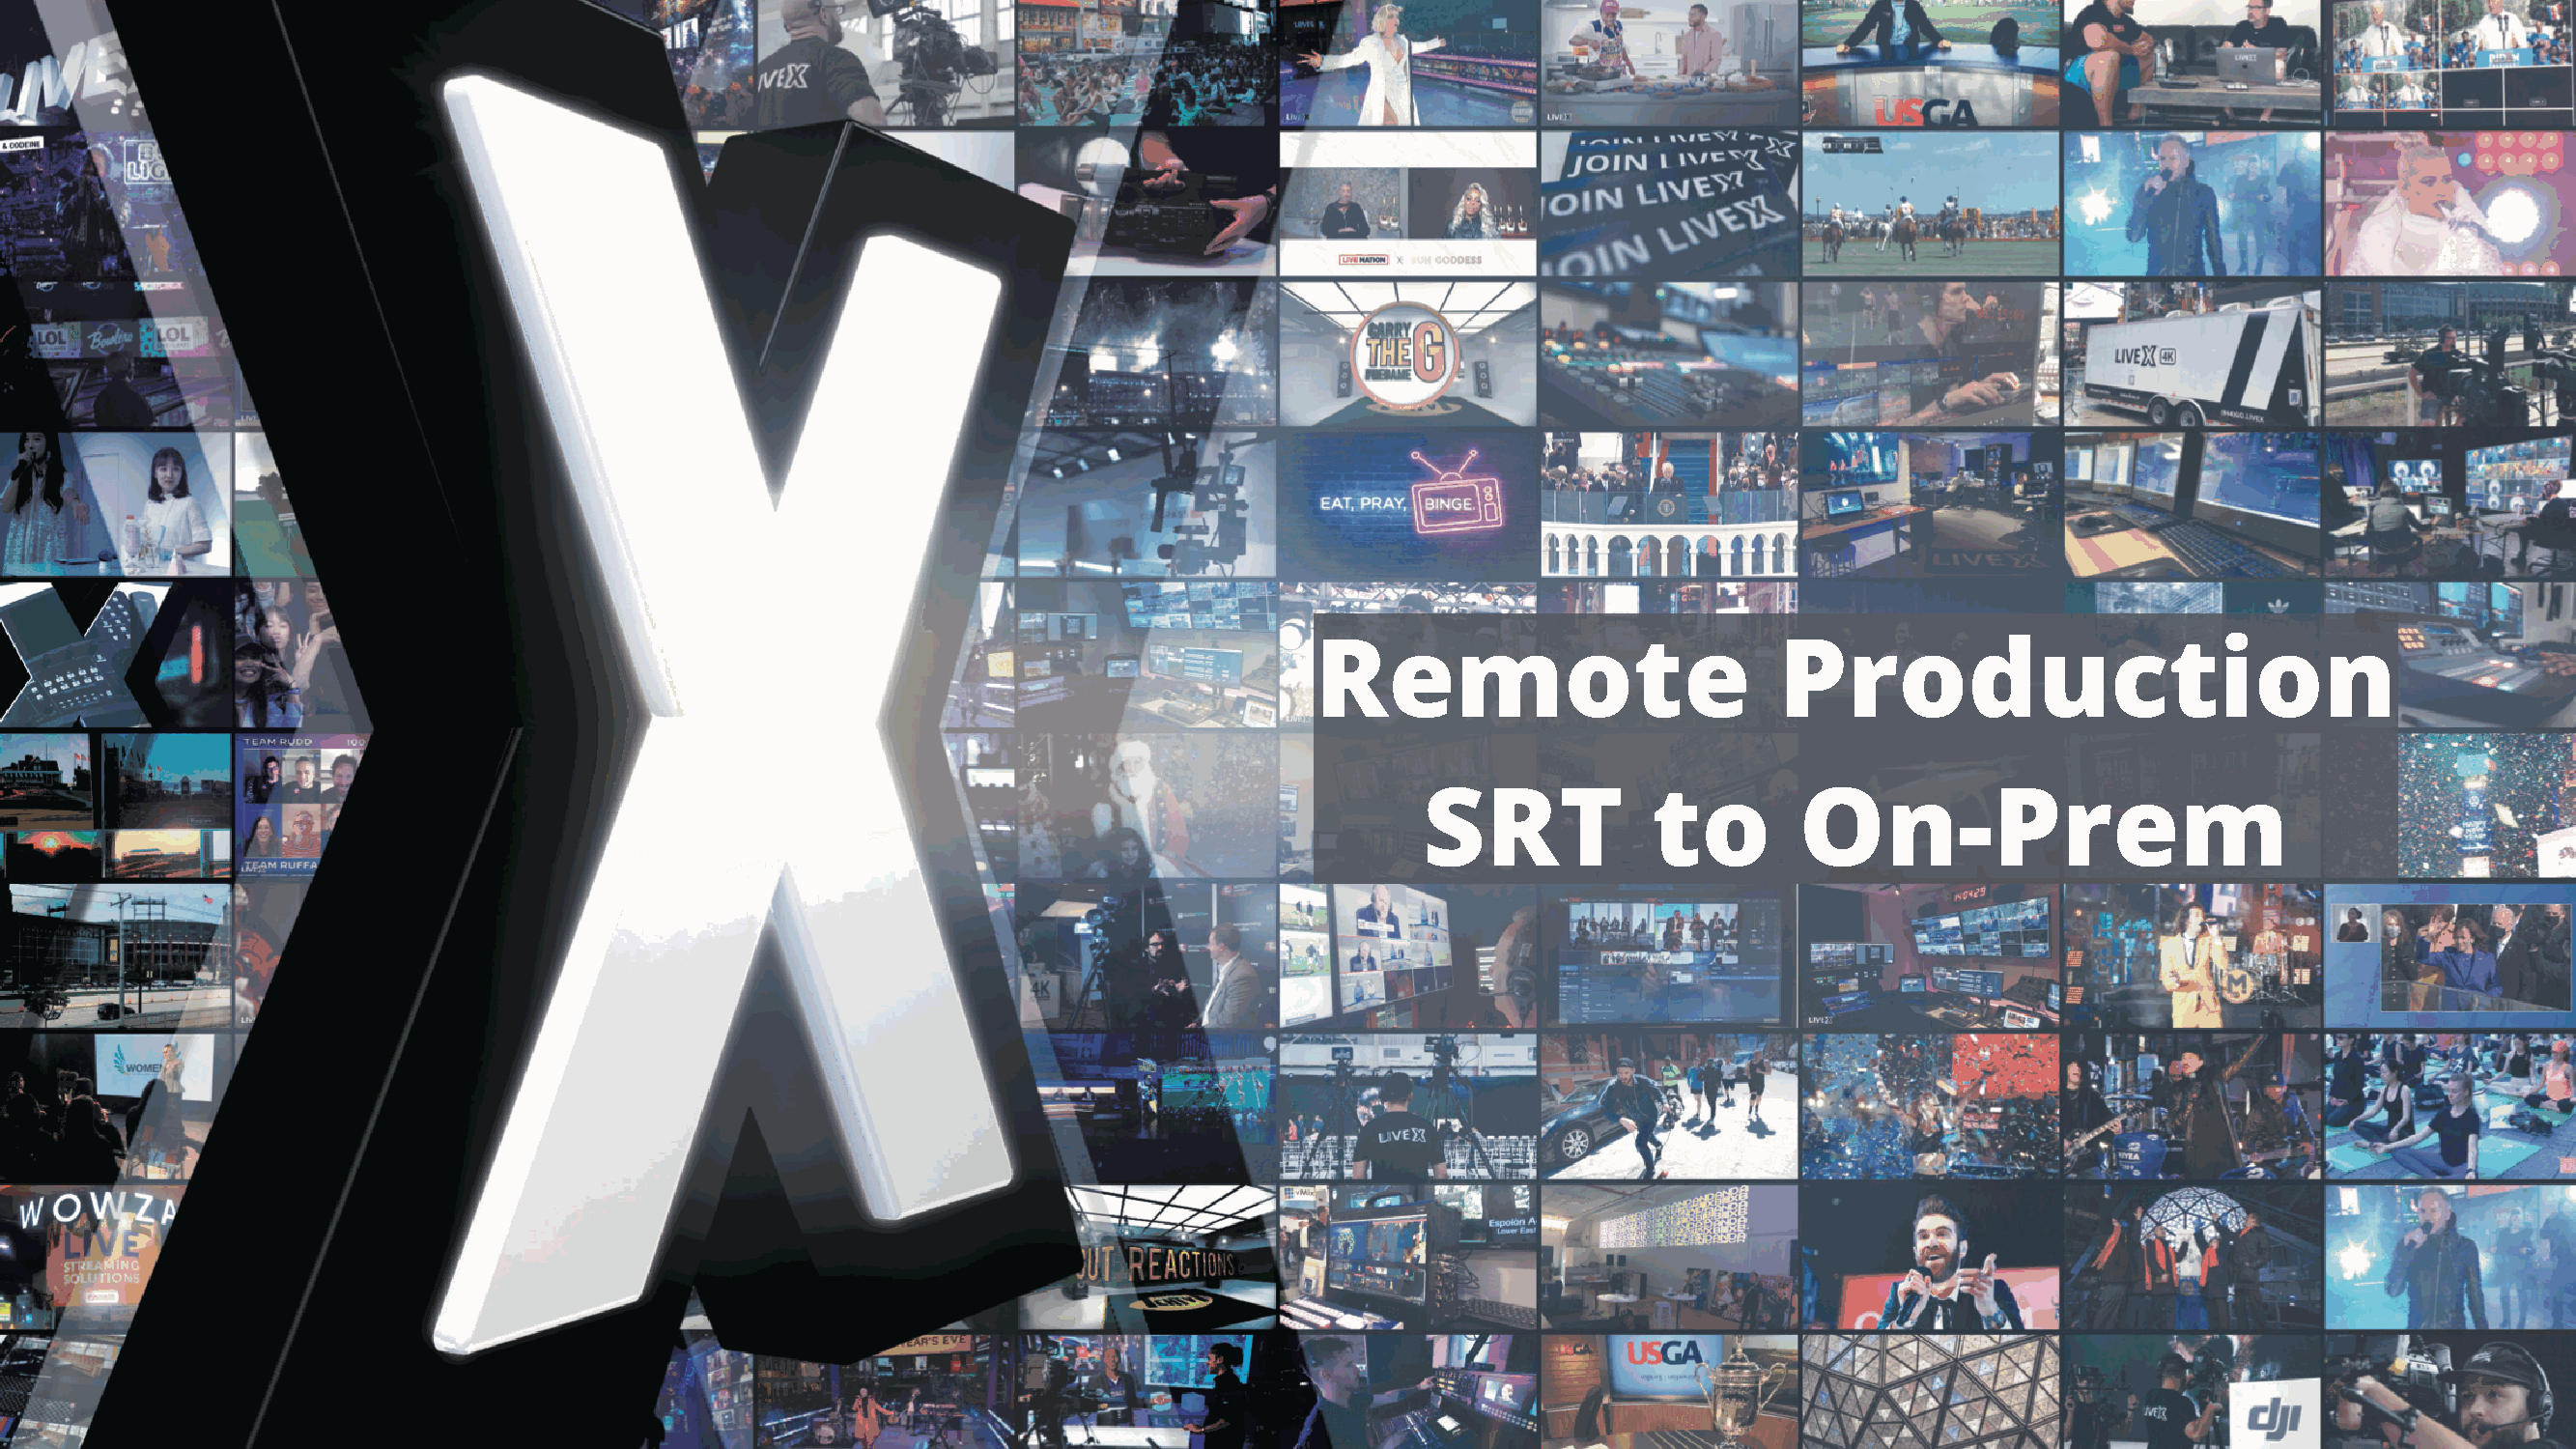
Remote                          Production
 SRT            to        On-Prem